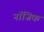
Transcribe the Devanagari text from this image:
नॉजिक